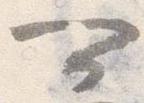
可